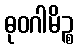
ဓုဝဂါမိဉ္စ